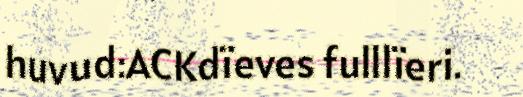
huvud:ACKdïeves fulllïeri.